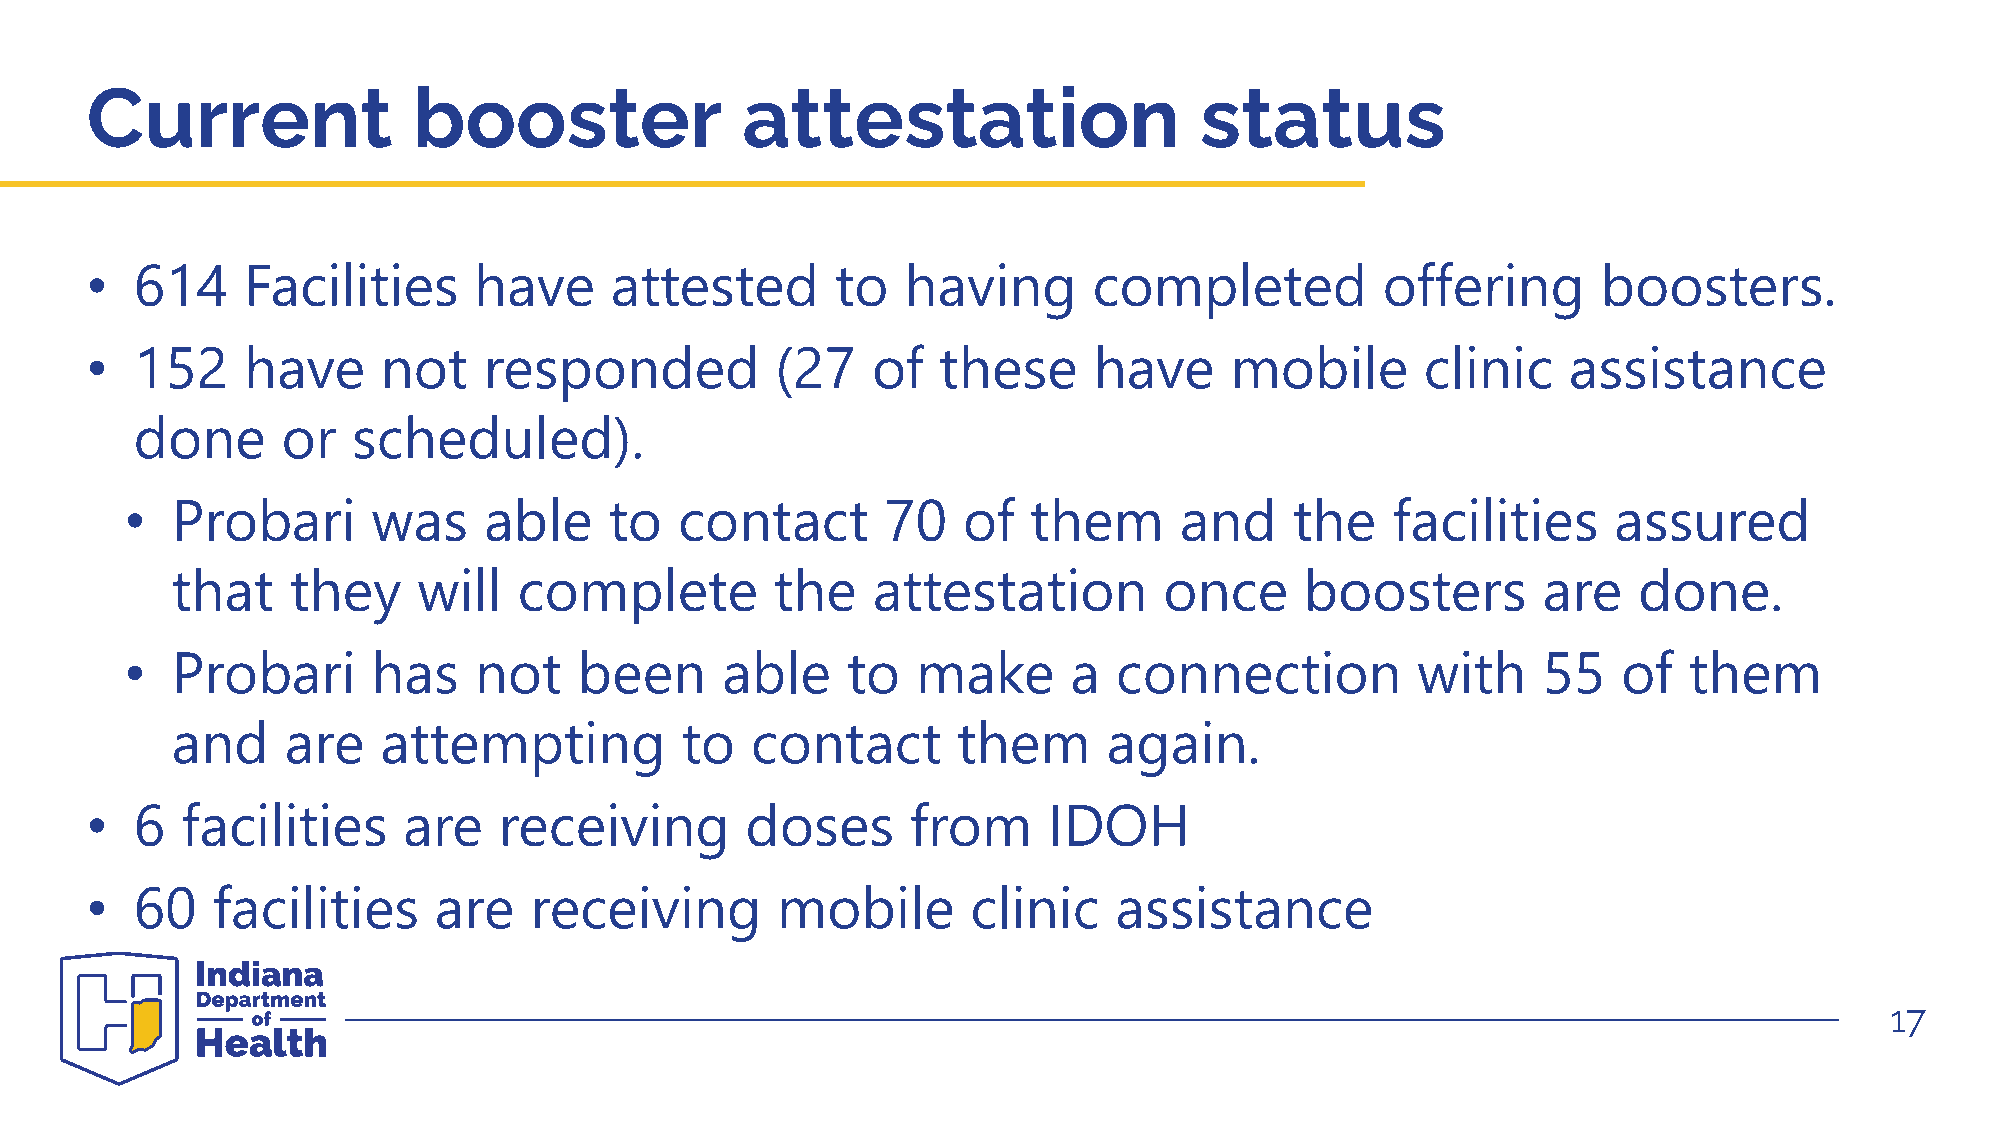
Current              booster               attestation                   status
 •  614    Facilities     have     attested       to   having      completed           offering      boosters.
 •  152    have     not    responded          (27    of  these     have     mobile       clinic    assistance
 done      or  scheduled).
 •  Probari       was    able    to   contact      70    of  them      and     the   facilities     assured
 that    they     will  complete         the    attestation        once     boosters        are   done.
 •  Probari       has   not    been      able    to   make      a  connection          with    55   of   them
 and     are   attempting          to   contact      them      again.
 •  6  facilities     are   receiving       doses      from     IDOH
 •  60   facilities     are   receiving       mobile       clinic    assistance
 17